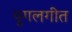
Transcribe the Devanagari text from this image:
युगलगीत